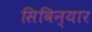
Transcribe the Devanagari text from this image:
सिविन्यार